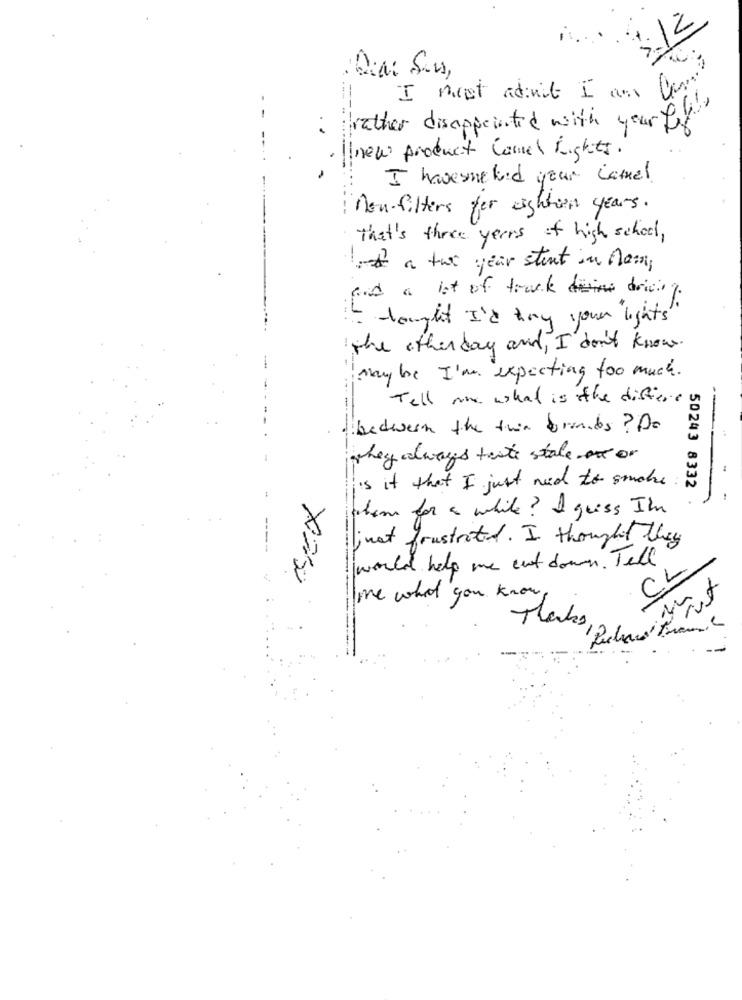
I must admit I am
rather disappointed with your full"
new product Camel Rights.
I havesmetand your camel
non-filters fer eighteen years.
that's three years of high school,
a two year stent in Man,
and a lot of track driving.
it thought I'd hay your lights"
the other day and , I don't know.
--
may be I'm expecting too much.
Tell me what is the differe
--
between the twin brands? Do
they always taste state of or
is it that I just ned to smoke
50243 8332 .
them for a while? I guess I'm
----
inst frustrated. I thought they
would help me cut down. Tell
CL
X250
me what you know
Marks